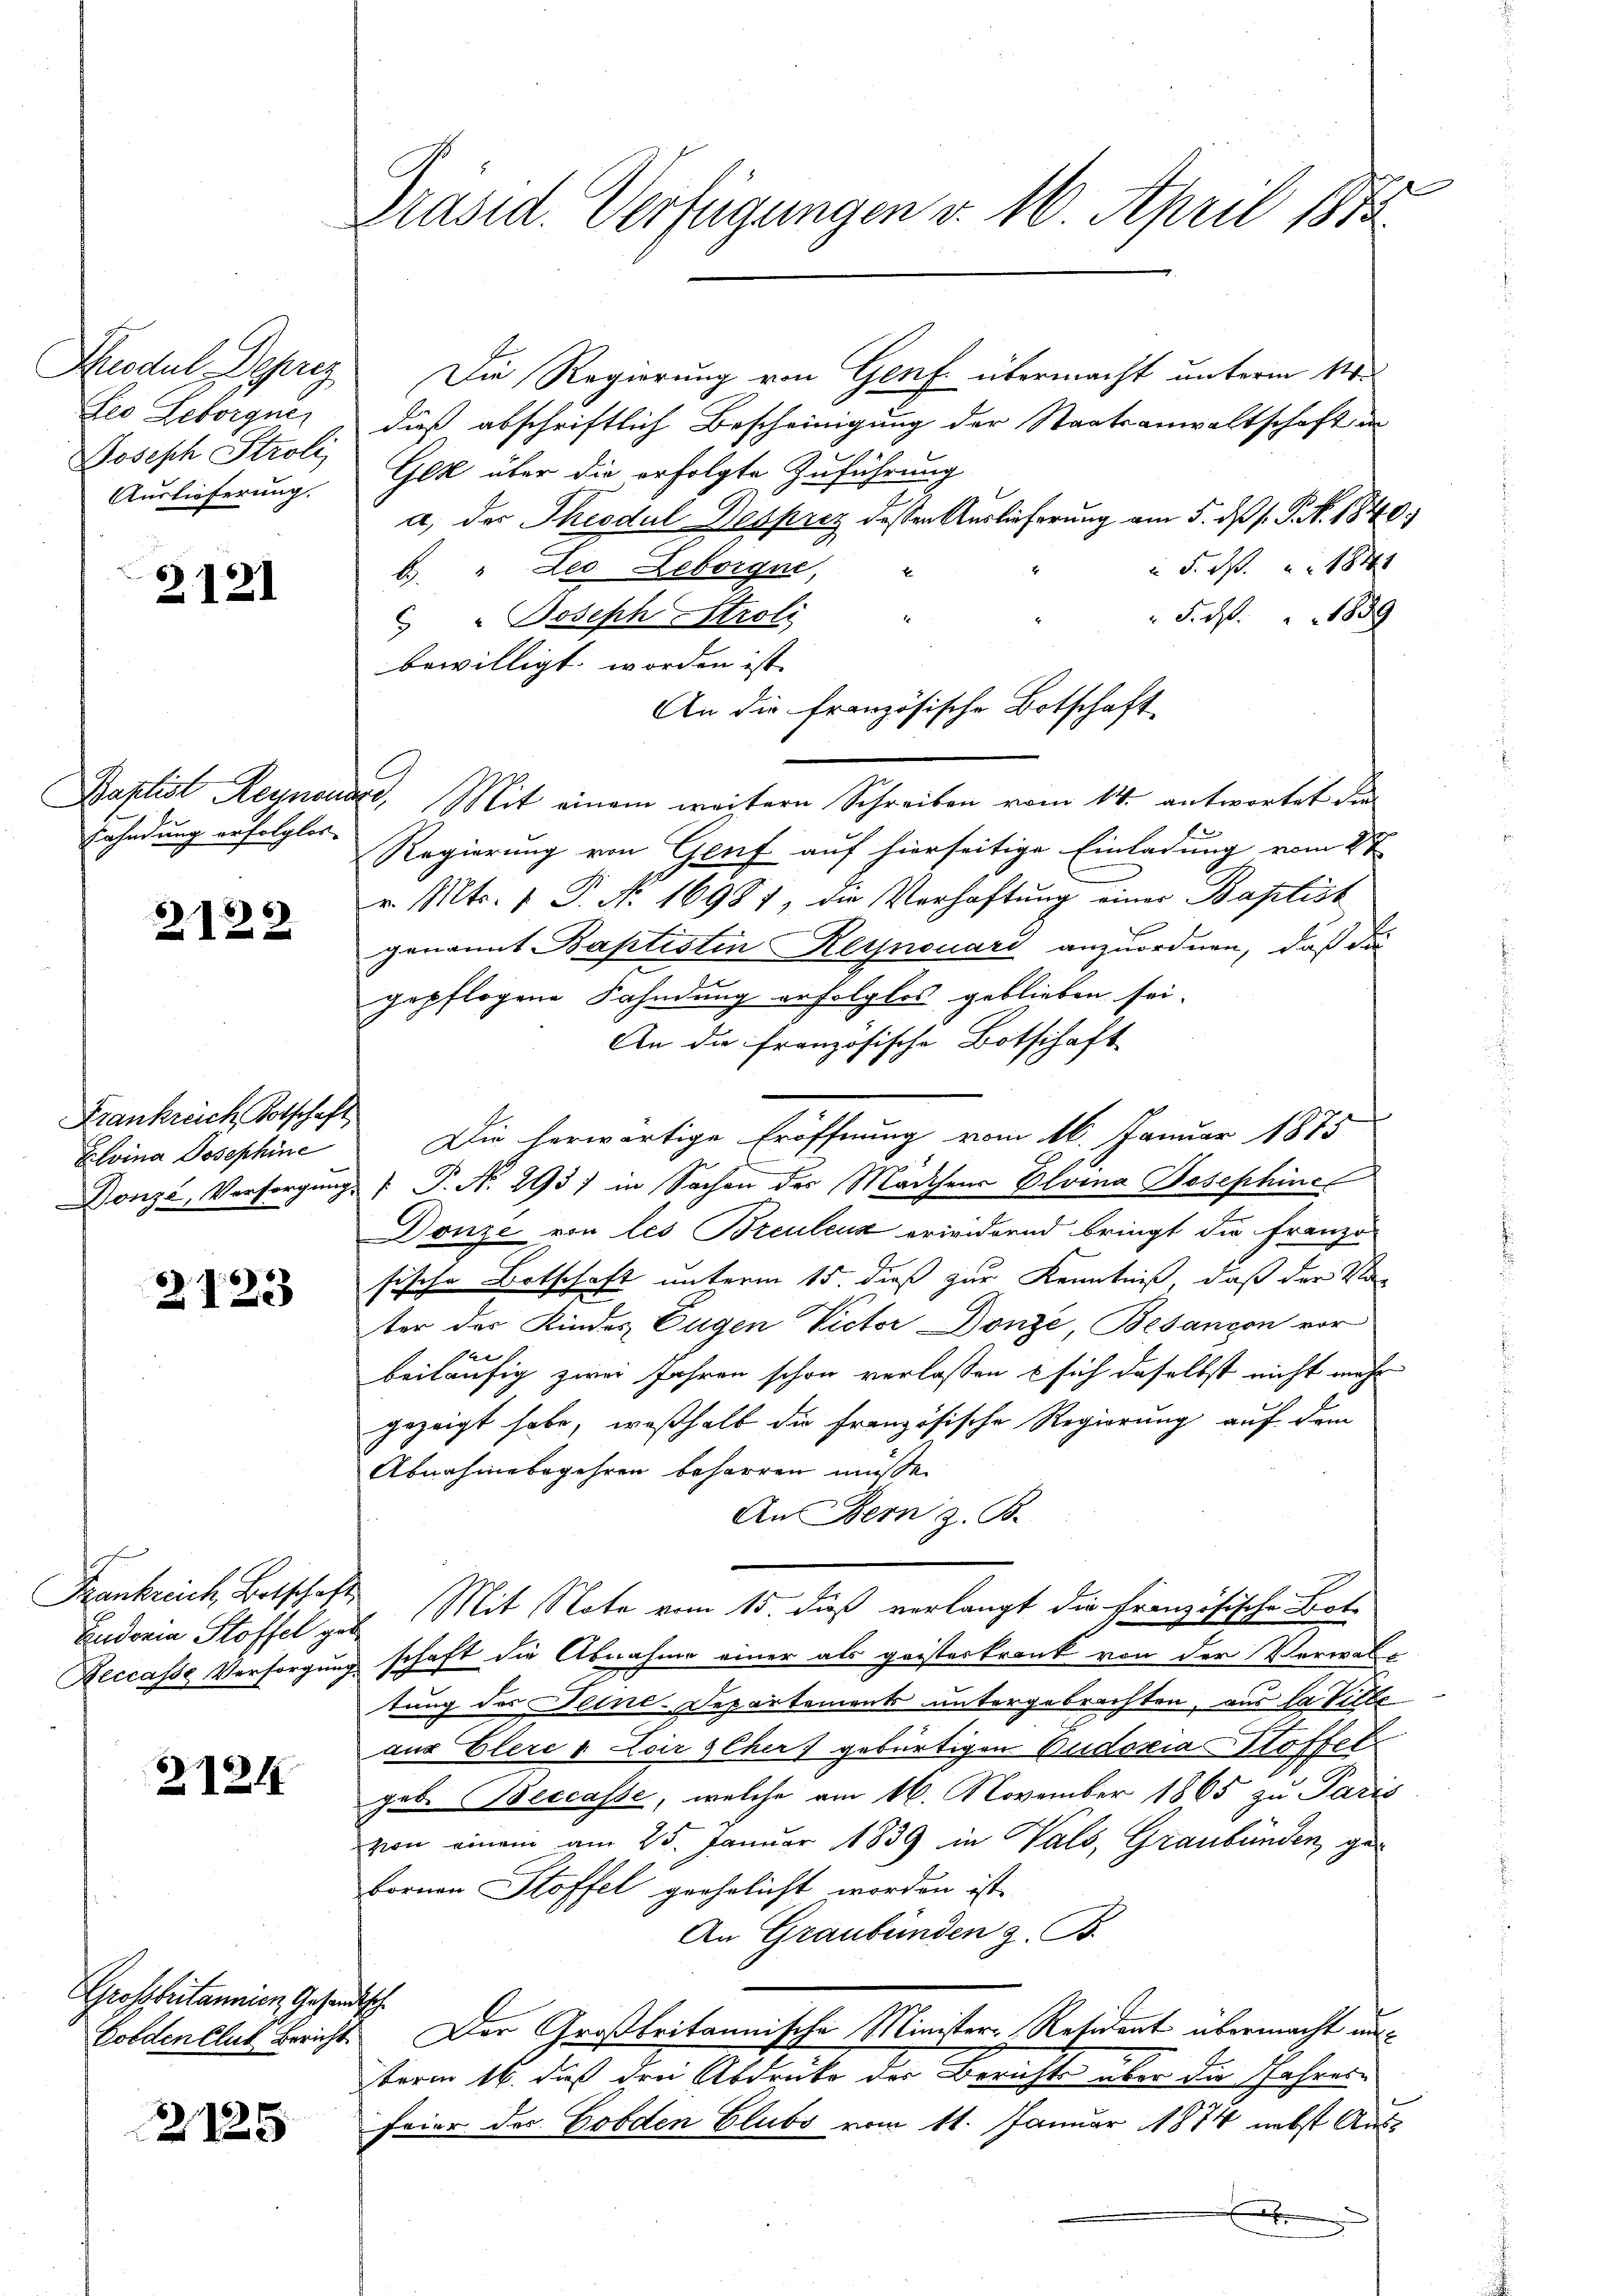
Feo Leborgne
Joseph Stroli
Auslieferung.

2121

.
Fahndung erfolglos

2122

Frankreich Kotschaft
Klvina Josephine

2123

Frankreich Botschaft
Reccasse Versorgung

2124

Großbritannien Gesandtsch

2125

.
Präsid. Verfügungen v. 16. April 1873.

Seodul Deprez Die Regierung von Genf übermacht unterm 11.
dieß abschriftlich Bescheinigung der Staatsanwaltschaft an
Gek über die erfolgte Zuführung
a, der Theodul Desprez dessen Auslieferung am 5. ds J. P. Nr. 1840.
 F. S. 1844
6 " Les Leborges,
F. M. 1889
Joseph Stroli
bewilligt worden ist. |
An die französische Botschaft
Baptist Reymonas, Mit einem weistern Schreiben vom 14. antwortet die
Regierung von Genf auf hierseitige Einladung vom 2t
v. Mts. 1 P. No. 16981, die Verhaftung einer Baptist
genannt Baptistin Keynouard anzuordnen, daß die
.
gepflogene Fahndung erfolglos geblieben sei.
An die französische Botschaft
Die herwärtige Eröffnung vom 16. Januar 1875
Donze, Versorgungs P. Nr. 293) in Sachen des Mädchen Elvina Josephinel
Donze von les Breulenz erwidernd bringt die Franzö-
sische Botschaft unterm 15. dieß zur Kenntniß, daß der Vor
ter der Kindes Eugen Victor Donze, Besançon vor
beiläufig zwei Jahren schon verlassen sich daselbst nicht mehr
gezeigt habe, weßhalb die französische Regierung auf dem
Abnahmebegehren beharren müsse.
An Bern z. B.
Eudoria Stoffel zu Mit Note vom 15. dieß verlangt die französische Bot-
schaft die Abnahme einer als geisteskrank von der Verwaltung des Seine-Departements untergebrachten, aus da Ville
aus Elere v Loir seher gebürtigen Budoxia Stoffel
geb. Beccasse, welche am 16. November 1865 zu Paris
von einem am 25. Januar 1839 in Vals, Graubünden ge-
Fornen Stoffel geehelicht worden ist.
An Graubünden z. B.
Goldenblut Bericht. Der Großbritannische Minister-Resident übermacht un
term 16. dieß drei Abdruck der Berichte über die Jahresfeier der Gooden Clubs vom 11. Januar 1874 nebst Aus¬
E